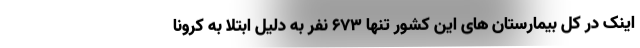
اینک در کل بیمارستان های این کشور تنها 673 نفر به دلیل ابتلا به کرونا